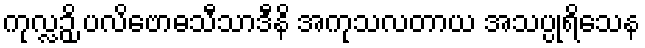
ကုလ္လဉှိ ပလိဗောဓသီသာဒီနိ အကုသလတာယ အသပ္ပုရိသေန